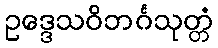
ဥဒ္ဒေသဝိဘင်္ဂသုတ္တံ